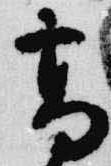
高